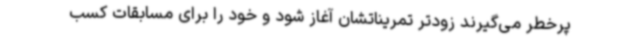
پرخطر می‌گیرند زودتر تمریناتشان آغاز شود و خود را برای مسابقات کسب